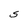
Character: S